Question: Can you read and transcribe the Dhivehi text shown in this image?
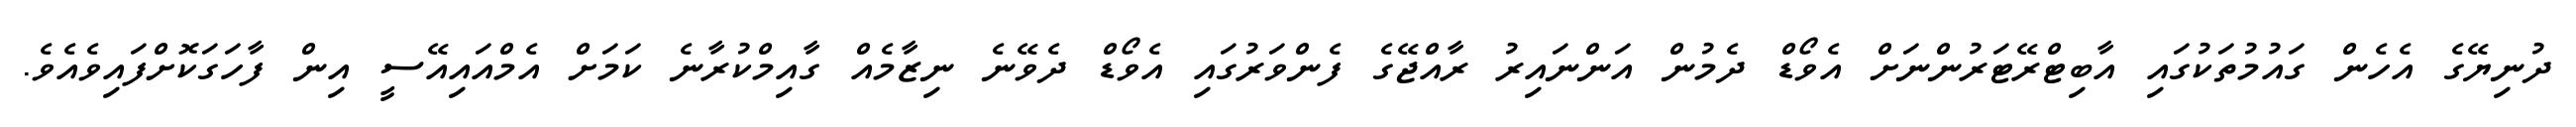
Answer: ދުނިޔޭގެ އެހެން ގައުމުތަކުގައި އާބިޓްރޭޓަރުންނަށް އެވޯޑް ދެމުން އަންނައިރު ރާއްޖޭގެ ފެންވަރުގައި އެވޯޑް ދެވޭނެ ނިޒާމެއް ގާއިމްކުރާނެ ކަމަށް އެމްއައިއޭސީ އިން ފާހަގަކޮށްފައިވެއެވެ.